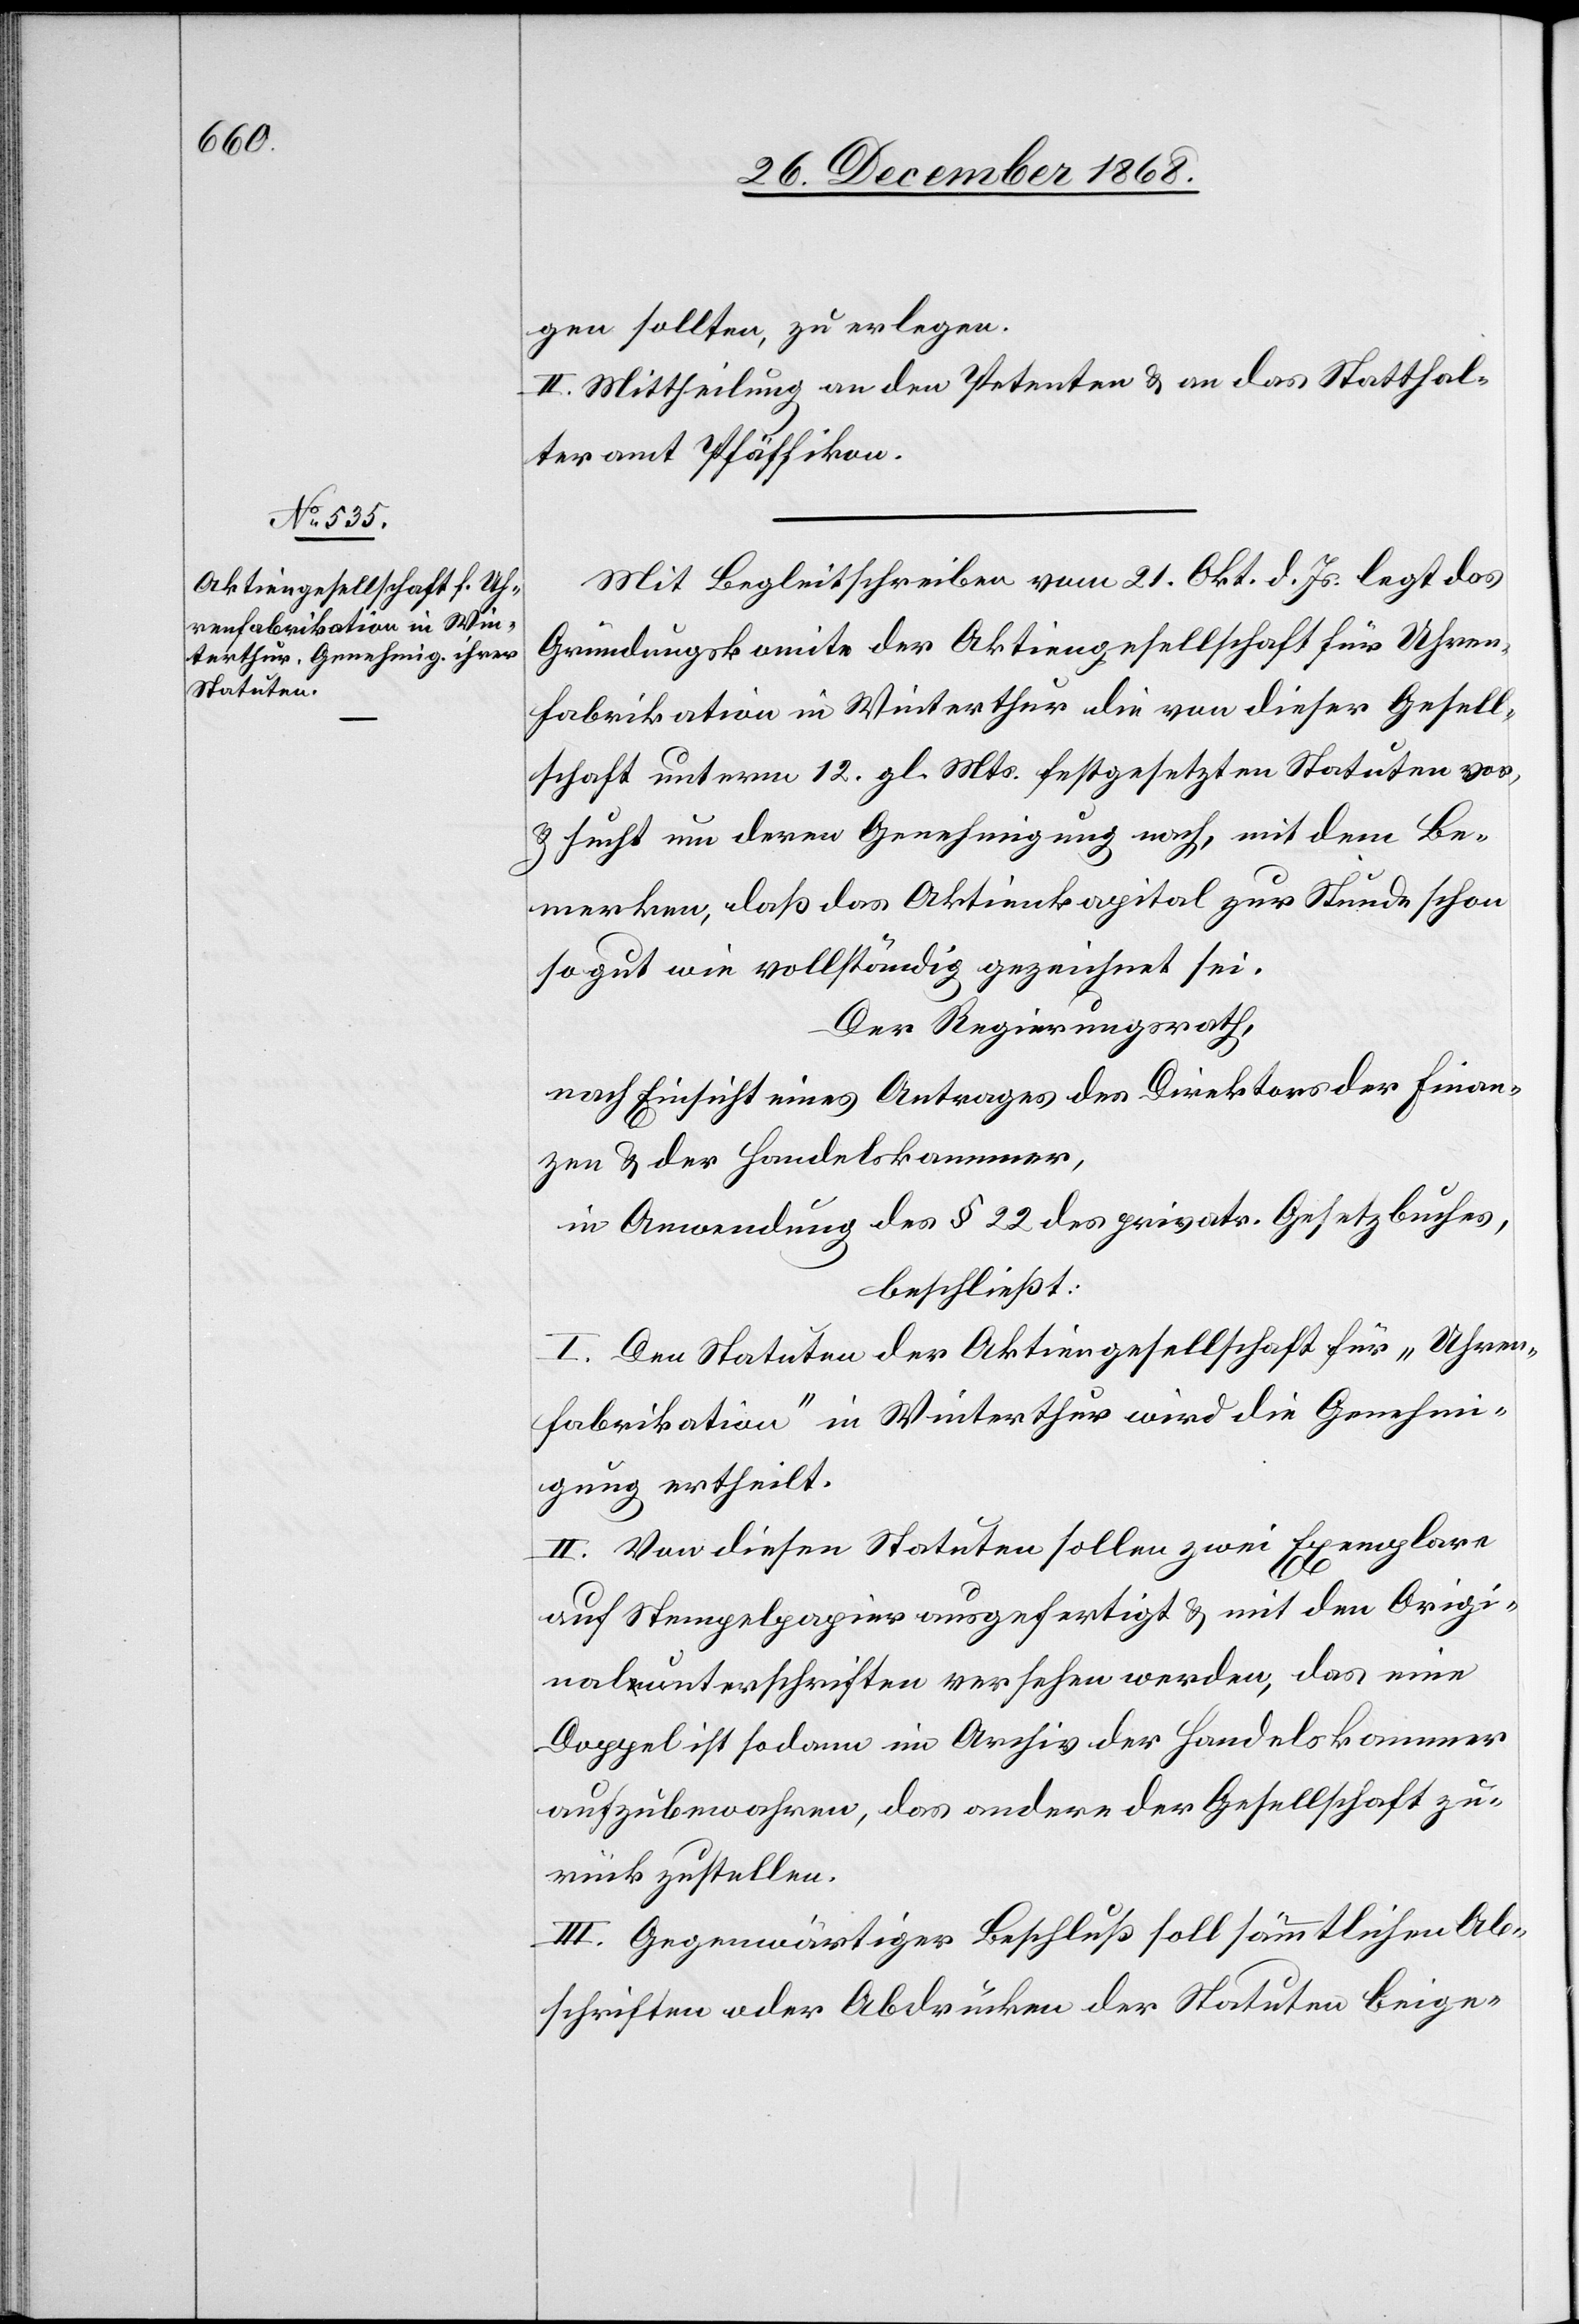
gen sollten, zu erlegen.
II. Mittheilung an den Petenten & an das Statthal¬
teramt Pfäffikon.
Mit Begleitschreiben vom 21. Okt. d. Js. legt das
Gründungskomite der Aktiengesellschaft für Uhren¬
fabrikation in Winterthur die von dieser Gesell¬
schaft unterm 12. gl. Mts. festgesetzten Statuten vor,
& sucht um deren Genehmigung nach, mit dem Be¬
merken, daß das Aktienkapital zur Stunde schon
so gut wie vollständig gezeichnet sei.
Der Regierungsrath,
nach Einsicht eines Antrages des Direktors der Finan¬
zen & der Handelskammer,
in Anwendung des § 22 des privatr. Gesetzbuches,
beschließt:
I. Den Statuten der Aktiengesellschaft für „Uhren¬
fabrikation“ in Winterthur wird die Genehmi¬
gung ertheilt.
II. Von diesen Statuten sollen zwei Exemplare
auf Stempelpapier ausgefertigt & mit den Origi¬
nalunterschriften versehen werden, das eine
Doppel ist sodann im Archiv der Handelskammer
aufzubewahren, das andere der Gesellschaft zu¬
rück zustellen.
III. Gegenwärtiger Beschluß soll sämmtlichen Ab¬
schriften oder Abdrücken der Statuten beige-